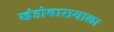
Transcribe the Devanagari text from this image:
खंडोबारायाला